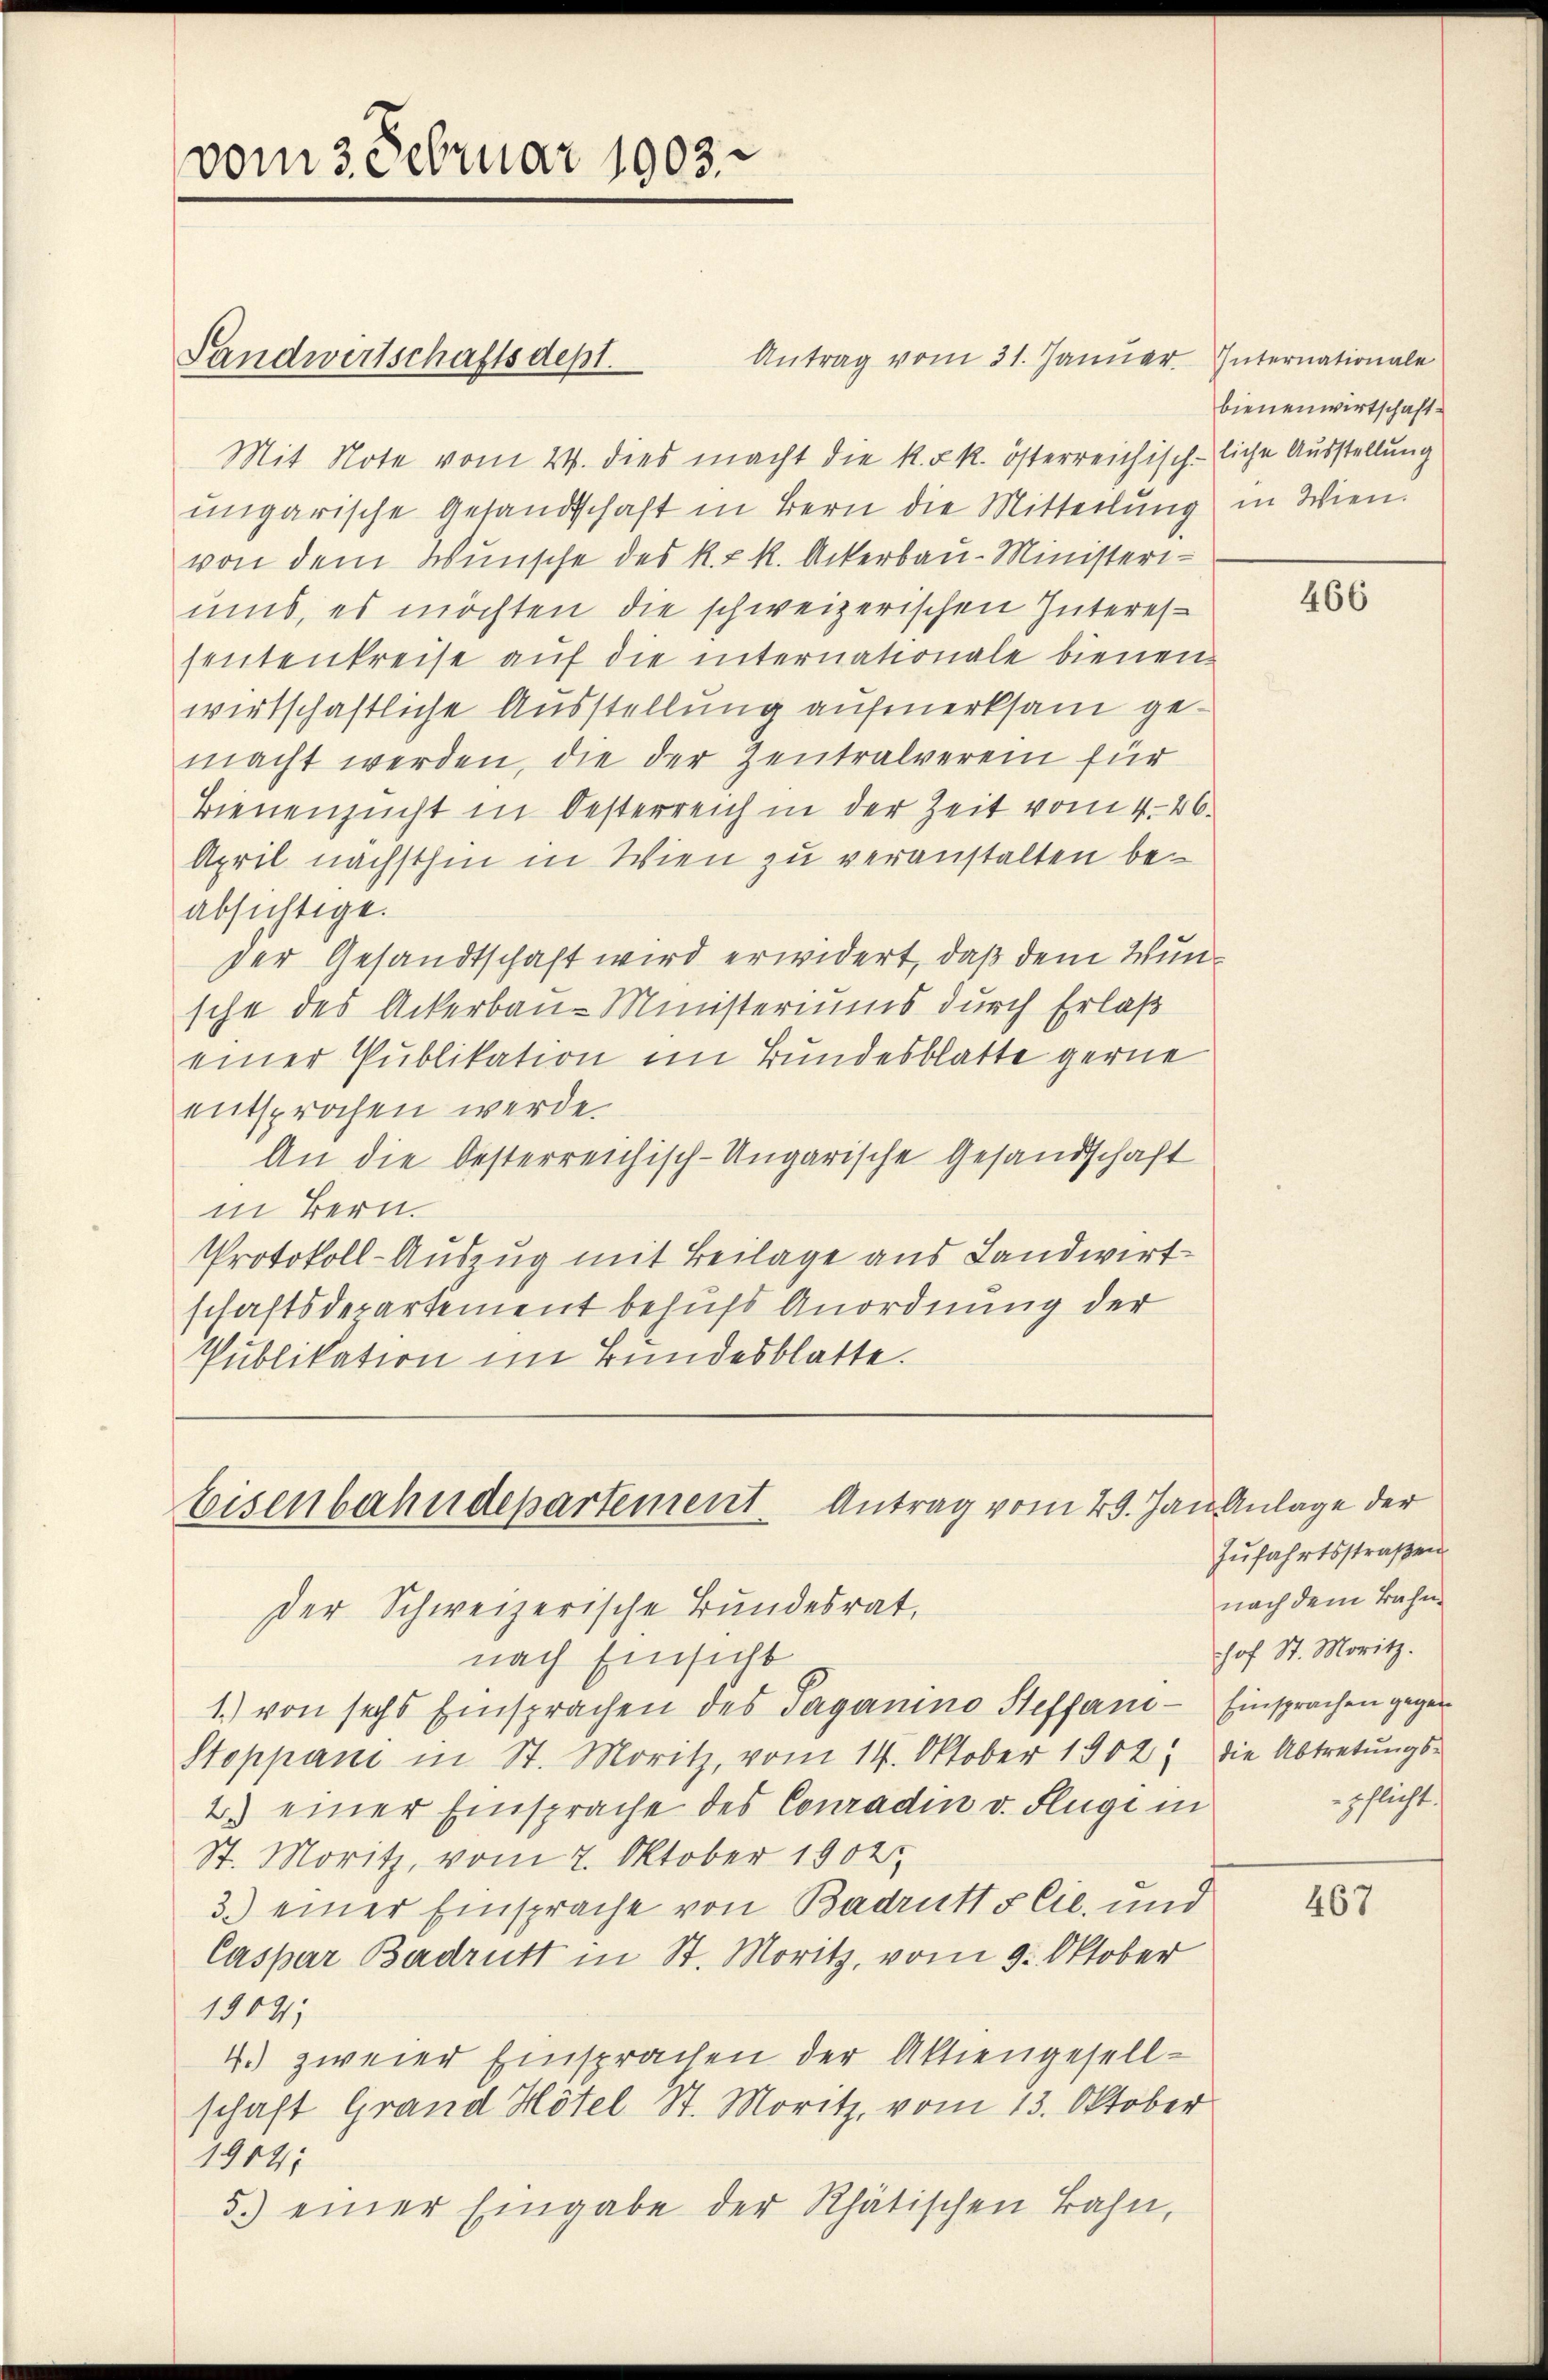
vom 3. Februar 1903.

Antrag vom 31. Januar Internationale
Mit Note vom 24. dies macht die k. k. k. österreichisch-liche Ausstellung
ungarische Gesandtschaft in Bern die Mitteilung in Wien.
von dem Wunsche des k. k. k. Ackerbau-Ministeriums, es möchten die schweizerischen Intereshentenkreise auf die internationale bienen
wirtschaftliche Ausstellung aufmerksam gemacht werden, die der Zentralverein für
Bienenzucht in Oesterreich in der Zeit vom 4. 46.
April nächsthin in Wien zu veranstalten beabsichtige.
der Gesandtschaft wird erwidert, daß dem Wunsche des Ackerbau-Ministeriums durch Erlaß
einer Publikation im Bundesblatte gerne
entsprochen werde.
An die besterreichisch-Ungarische Gesandschaft
in Bern.
Protokoll-Auszug mit Beilage aus Landwirt
schaftsdepartement behufs Anordnung der
Publikation im Bundesblatte.

Landwirtschaftsdept.

Eisenbahndepartement Antrag vom 29. Jan Anlage der
der Schweizerische Bundesrat,

bienenwirtschaft.

nach Einsicht
1.) von sechs Einsprachen des Taganino Steffan - Einsprachen gegen¬
Stoppani in St. Moritz, vom 14. Oktober 1902, die Abtretŭngs-
2) einer Einsprache des Conradin v. Flüge in
St. Moritz, vom 7. Oktober 1902.
3.) einer Einsprache von BadruttsCie, und
Caspar Badrutt in St. Moritz, vom 9. Oktober
1904)
4.) zweier Einsprachen der Aktiengesell-
schaft Grand Hotel St. Moritz, vom 13. Oktober
1904
5.) einer Eingabe der Rhätischen Bahn,

466

Zufahrtsstraßen
nach dem Bahn
hof St. Moritz.
schlicht.

467